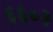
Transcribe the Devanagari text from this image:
६६०३